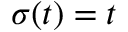
\sigma ( t ) = t